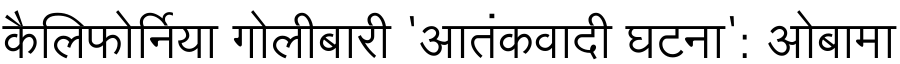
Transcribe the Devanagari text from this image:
कैलिफोर्निया गोलीबारी 'आतंकवादी घटना': ओबामा